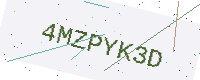
Text: 4MZPYK3D